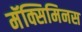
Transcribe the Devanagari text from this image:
मॅक्सिमिनस